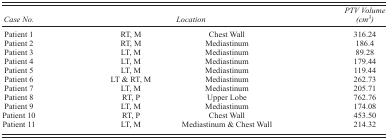
<table><thead><tr><td><b><i>Case No</i>.</b></td><td colspan="2"><b><i>Location</i></b></td><td><b><i>PTV Volume (cm<sup>3)</sup></i></b></td></tr></thead><tbody><tr><td>Patient 1</td><td>RT, M</td><td>Chest Wall</td><td>316.24</td></tr><tr><td>Patient 2</td><td>RT, M</td><td>Mediastinum</td><td>186.4</td></tr><tr><td>Patient 3</td><td>LT, M</td><td>Mediastinum</td><td>89.28</td></tr><tr><td>Patient 4</td><td>LT, M</td><td>Mediastinum</td><td>179.44</td></tr><tr><td>Patient 5</td><td>LT, M</td><td>Mediastinum</td><td>119.44</td></tr><tr><td>Patient 6</td><td>LT &amp; RT, M</td><td>Mediastinum</td><td>262.73</td></tr><tr><td>Patient 7</td><td>LT, M</td><td>Mediastinum</td><td>205.71</td></tr><tr><td>Patient 8</td><td>RT, P</td><td>Upper Lobe</td><td>762.76</td></tr><tr><td>Patient 9</td><td>LT, M</td><td>Mediastinum</td><td>174.08</td></tr><tr><td>Patient 10</td><td>RT, P</td><td>Chest Wall</td><td>453.50</td></tr><tr><td>Patient 11</td><td>LT, M</td><td>Mediastinum &amp; Chest Wall</td><td>214.32</td></tr></tbody></table>